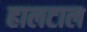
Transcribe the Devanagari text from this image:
हालटाल